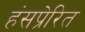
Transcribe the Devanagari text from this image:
हंसप्रेरित